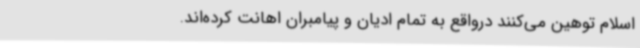
اسلام توهین می‌کنند درواقع به تمام ادیان و پیامبران اهانت کرده‌اند.